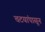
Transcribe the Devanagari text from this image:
चटयांपासून